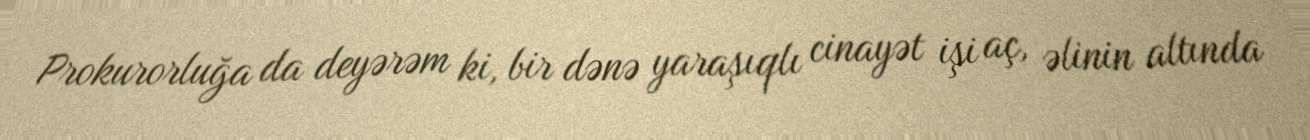
Prokurorluğa da deyərəm ki, bir dənə yaraşıqlı cinayət işi aç, əlinin altında